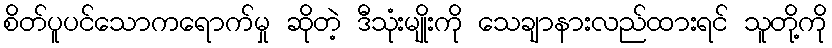
စိတ်ပူပင်သောကရောက်မှု ဆိုတဲ့ ဒီသုံးမျိုးကို သေချာနားလည်ထားရင် သူတို့ကို